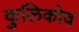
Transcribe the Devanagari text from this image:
कुलिकोव